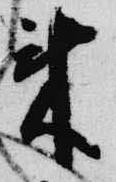
来